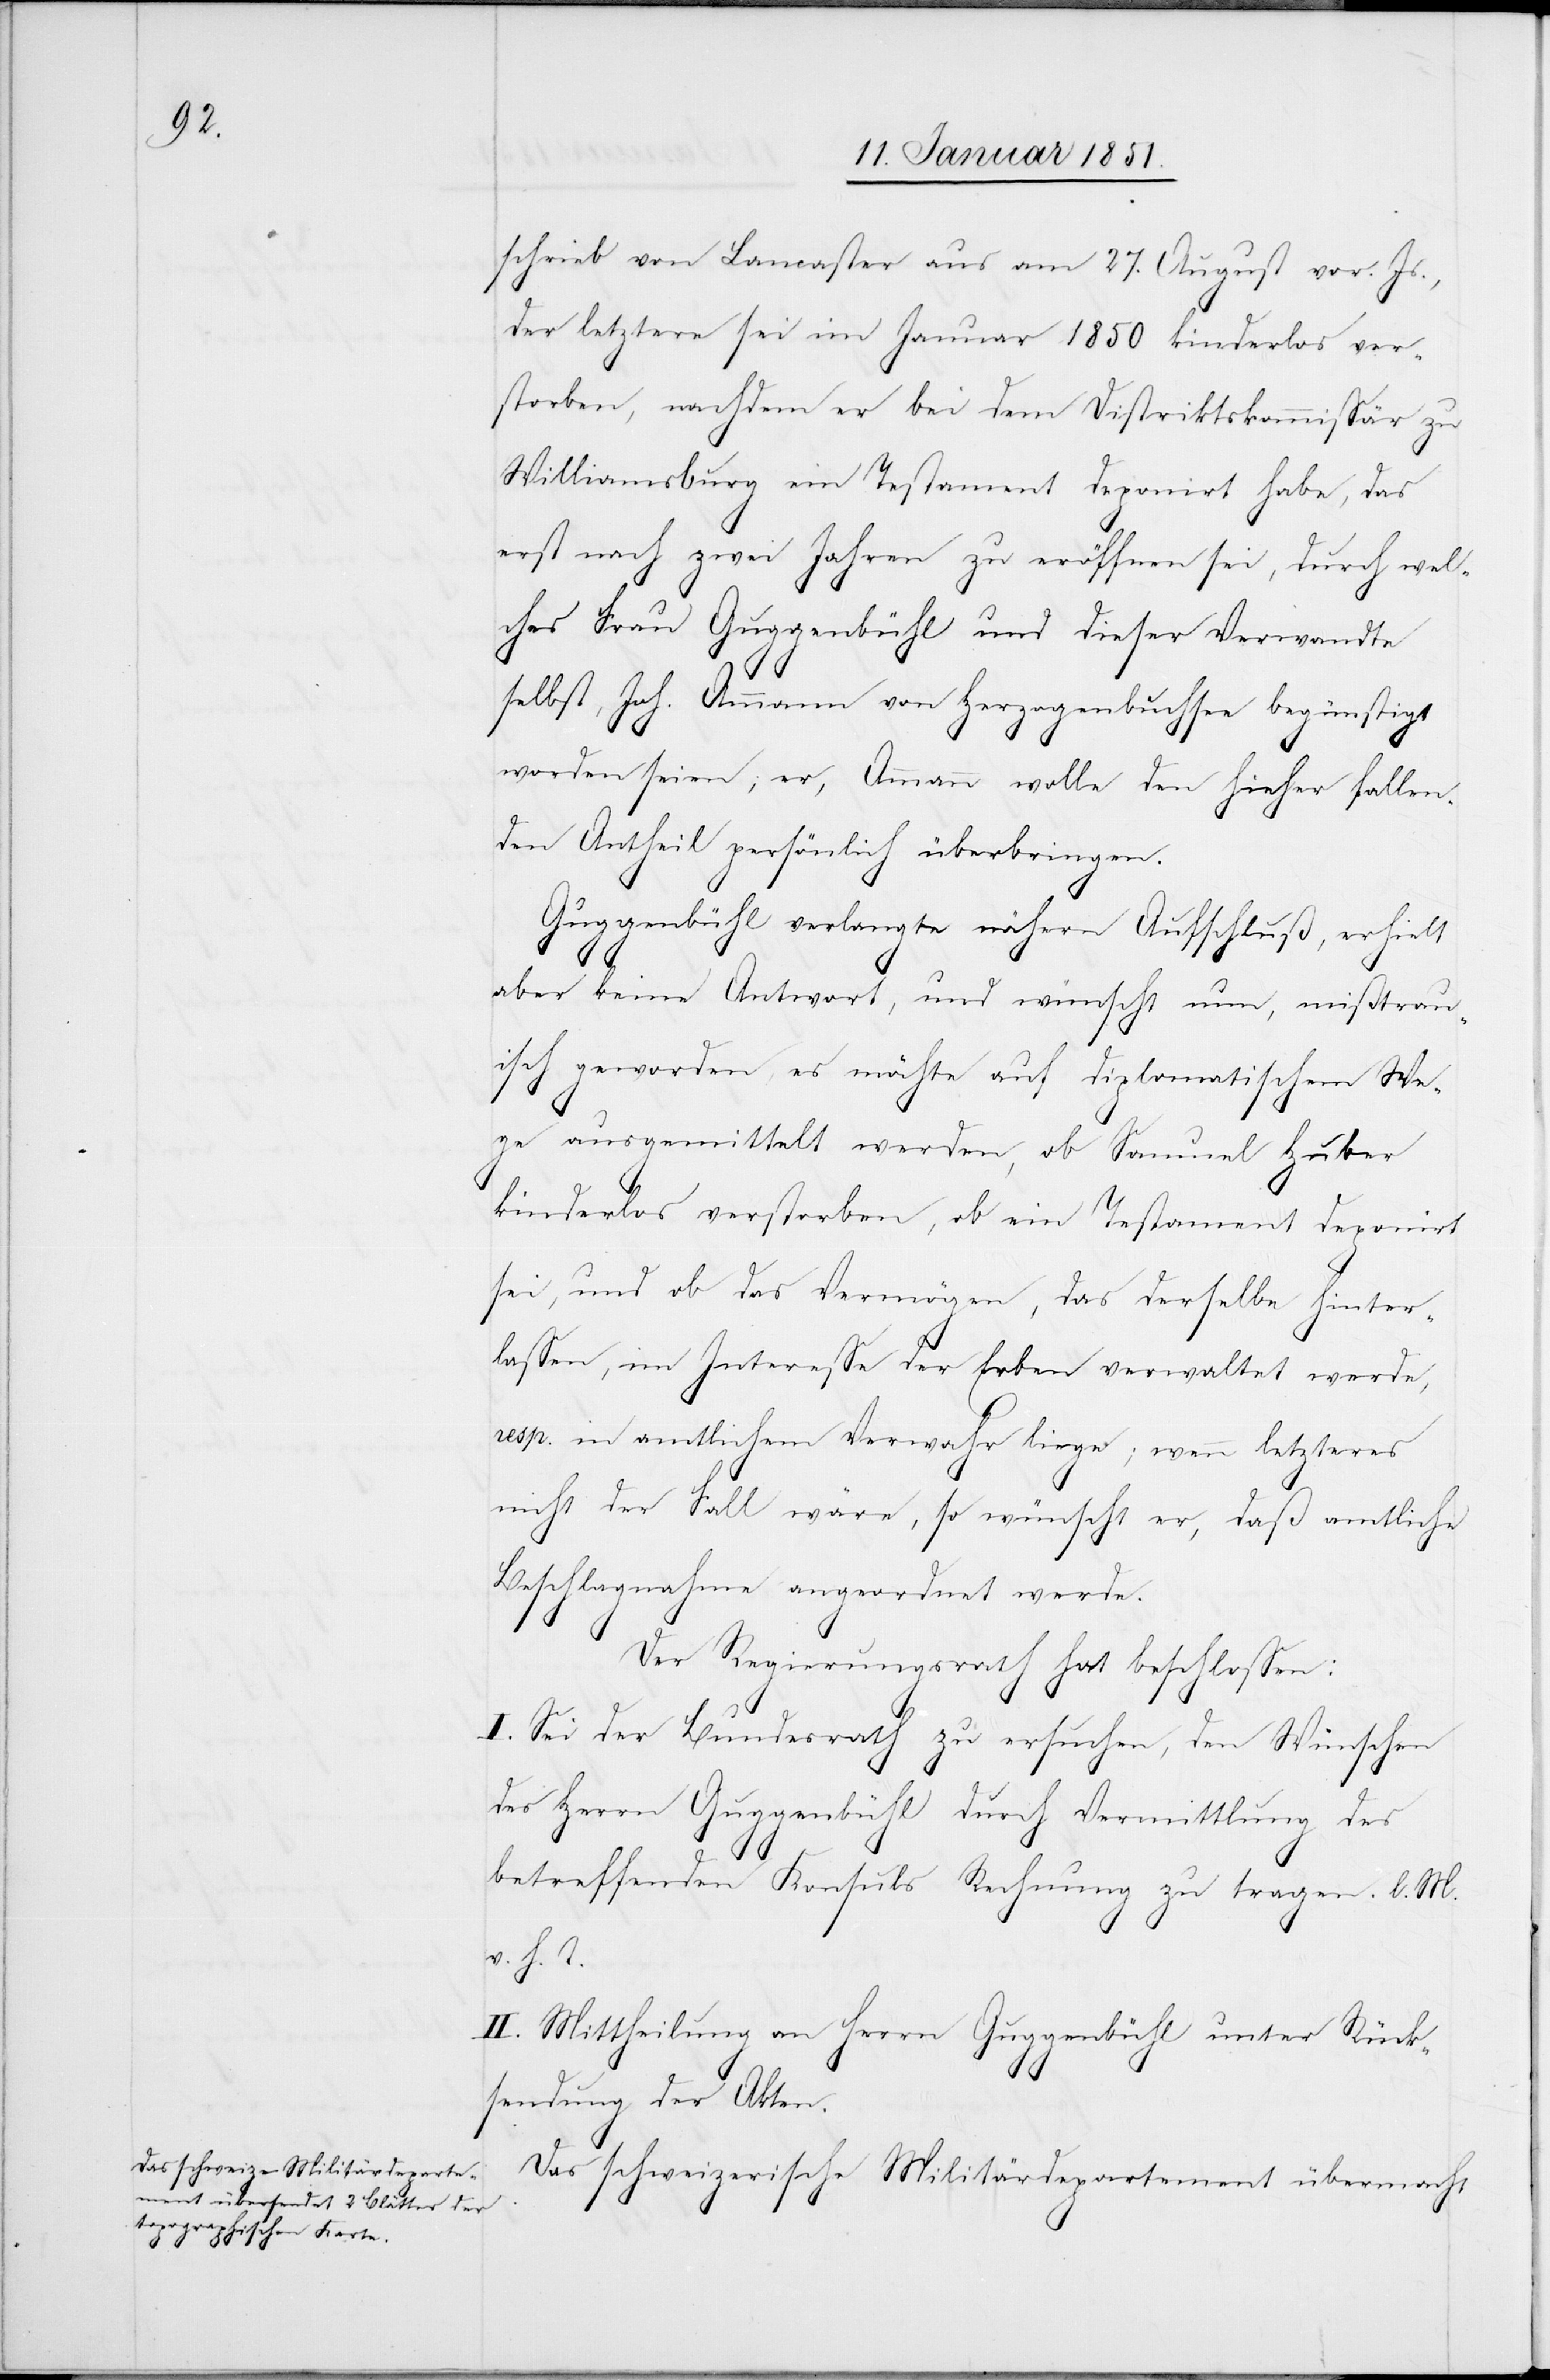
schrieb von Lancaster aus am 27. August vor. Js.,
der letztere sei im Januar 1850 kinderlos ver¬
storben, nachdem er bei dem Distriktskommissär zu
Williamsburg ein Testament deponirt habe, das
erst nach zwei Jahren zu eröffnen sei, durch wel¬
ches Frau Guggenbühl und dieser Verwandte
selbst, Joh. Ammann von Herzogenbuchsee begünstigt
worden seien; er, Ammann wolle den hieher fallen¬
den Antheil persönlich überbringen.
Guggenbühl verlangte nähern Aufschluß, erhielt
aber keine Antwort, und wünscht nun, mißtrau¬
isch geworden, es möchte auf diplomatischem We¬
ge ausgemittelt werden, ob Samuel Huber
kinderlos verstorben, ob ein Testament deponirt
sei, und ob das Vermögen, das derselbe hinter¬
lassen, im Interesse der Erben verwaltet werde,
resp. in amtlichem Verwahr liege; wenn letzteres
nicht der Fall wäre, so wünscht er, daß amtliche
Beschlagnahme angeordnet werde.
Der Regierungsrath hat beschlossen:
I. Sei der Bundesrath zu ersuchen, den Wünschen
des Herrn Guggenbühl durch Vermittlung des
betreffenden Konsuls Rechnung zu tragen. l. M.
v. h. T.
II. Mittheilung an Herrn Guggenbühl unter Rück¬
sendung der Akten.
Das schweizerische Militärdepartement übermacht